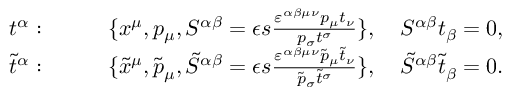
\begin{array} { r l } { t ^ { \alpha } : } & { \qquad \{ x ^ { \mu } , p _ { \mu } , S ^ { \alpha \beta } = \epsilon s \frac { \varepsilon ^ { \alpha \beta \mu \nu } p _ { \mu } t _ { \nu } } { p _ { \sigma } t ^ { \sigma } } \} , \quad S ^ { \alpha \beta } t _ { \beta } = 0 , } \\ { \tilde { t } ^ { \alpha } : } & { \qquad \{ \tilde { x } ^ { \mu } , \tilde { p } _ { \mu } , \tilde { S } ^ { \alpha \beta } = \epsilon s \frac { \varepsilon ^ { \alpha \beta \mu \nu } \tilde { p } _ { \mu } \tilde { t } _ { \nu } } { \tilde { p } _ { \sigma } \tilde { t } ^ { \sigma } } \} , \quad \tilde { S } ^ { \alpha \beta } \tilde { t } _ { \beta } = 0 . } \end{array}